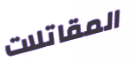
المقاتلات